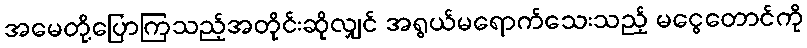
အမေတို့ပြောကြသည့်အတိုင်းဆိုလျှင် အရွယ်မရောက်သေးသည့် မငွေတောင်ကို